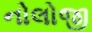
નોલોજી